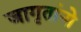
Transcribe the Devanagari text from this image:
जागृतांनो